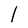
Character: l